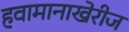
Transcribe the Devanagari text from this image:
हवामानाखेरीज